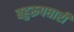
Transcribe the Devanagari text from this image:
बहुरूपधारी